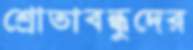
শ্রোতাবন্ধুদের